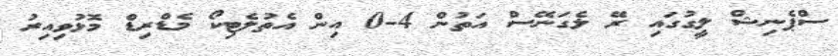
ސްޕެނިޝް ލީގުގައި ރޭ ލެގަނޭސް އަތުން 4-0 އިން އެތުލެޓިކޯ މެޑްރިޑް މޮޅުވިއިރު